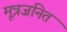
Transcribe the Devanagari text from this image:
मूत्रजनित